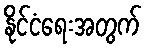
နိုင်ငံရေးအတွက်